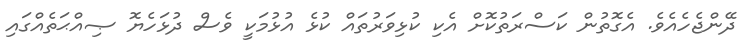
ދޭންޖެހެއެވެ. އެގޮތުން ކަސްރަތުކޮށް އެކި ކުޅިވަރުތައް ކުޅެ އުޅުމަކީ ވެސް ދުޅަހެޔޮ ޞިއްޙަތެއްގައި